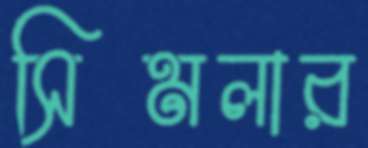
সিমলার